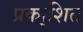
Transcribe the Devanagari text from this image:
प्रका्शित